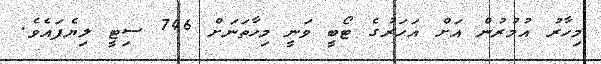
މިހާރު އުމުރުން އަށް އަހަރުގެ ޓޯބީ ވަނީ މިހާތަނަށް 746 ސިޓީ ލިޔެފައެވެ.